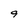
Character: 9